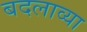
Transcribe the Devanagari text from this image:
बदलाव्या